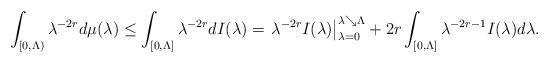
LaTeX: \begin{align*}\int_{[0, \Lambda)}\lambda^{-2 r}d \mu(\lambda)\leq\int_{[0, \Lambda]} \lambda^{-2 r}d I(\lambda)=\left. \lambda^{-2 r} I(\lambda) \right|_{\lambda = 0}^{\lambda \searrow \Lambda}+2 r\int_{[0, \Lambda]}\lambda^{-2 r - 1}I(\lambda)d \lambda.\end{align*}